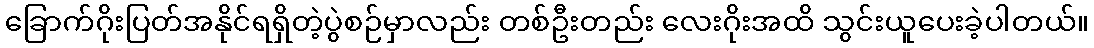
ခြောက်ဂိုးပြတ်အနိုင်ရရှိတဲ့ပွဲစဉ်မှာလည်း တစ်ဦးတည်း လေးဂိုးအထိ သွင်းယူပေးခဲ့ပါတယ်။